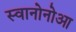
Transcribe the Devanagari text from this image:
स्वानोनोआ